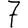
Digit: 7